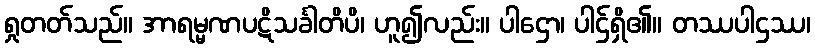
ရှုတတ်သည်။ အာရမ္မဏပဋိသင်္ခါတိပိ၊ ဟူ၍လည်း။ ပါဌော၊ ပါဌ်ရှိ၏။ တဿပါဌဿ၊